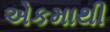
એકમાથી